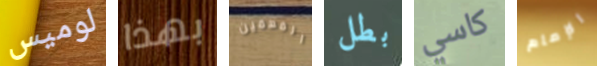
لوميس بهذا المهمين بطل كاسي الإمام